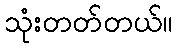
သုံးတတ်တယ်။